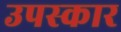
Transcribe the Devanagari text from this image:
उपस्‍कार